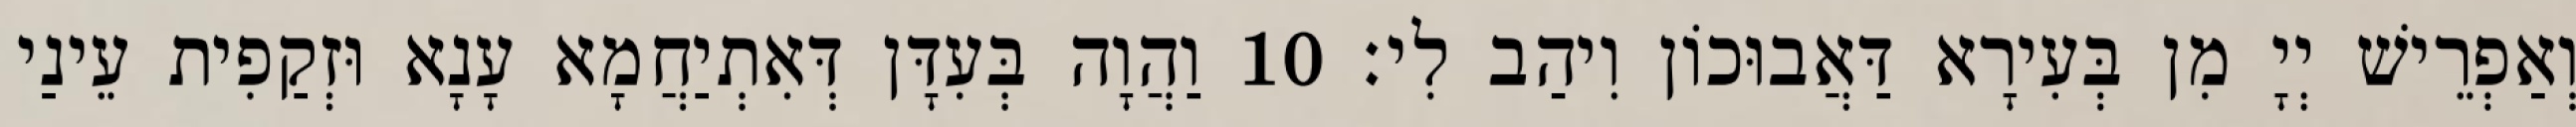
וְאַפְרֵישׁ יְיָ מִן בְּעִירָא דַּאֲבוּכוֹן וִיהַב לִי׃ 10 וַהֲוָה בְּעִדָּן דְּאִתְיַחֲמָא עָנָא וּזְקַפִית עֵינַי